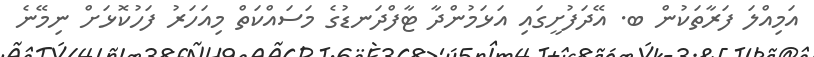
އަމިއްލަ ފަރާތަކުން ބ. އޭދަފުށީގައި އަޅަމުންދާ ޓާފްދަނޑުގެ މަސައްކަތް މިއަހަރު ފަހުކޮޅަށް ނިމޭނެ